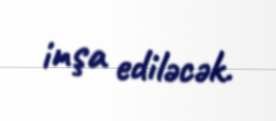
inşa ediləcək.